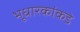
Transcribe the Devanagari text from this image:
भूधारकांकडे